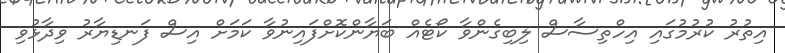
އިތުރު ކުރުމުގައި އިހްތިސާސް ލިބިގެންވާ ކޯޓެއް ބަޔާންކޮށްފައިނުވާ ކަމަށް އިސް ފަނޑިޔާރު ވިދާޅުވި